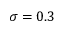
\sigma = 0 . 3